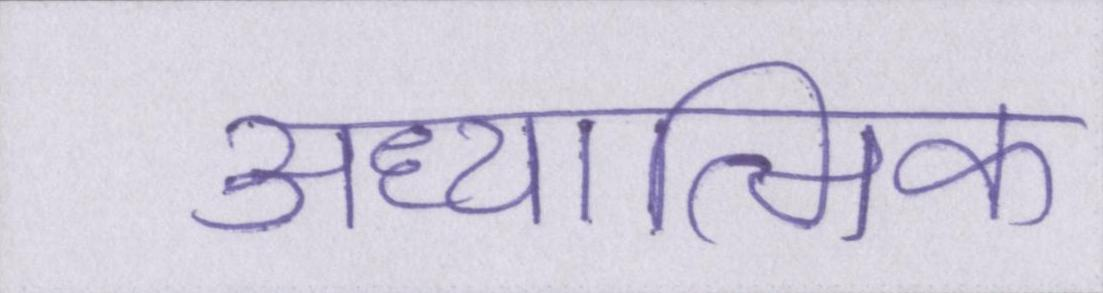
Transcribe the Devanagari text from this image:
अध्यात्मिक